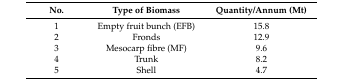
<table><thead><tr><td><b>No.</b></td><td><b>Type of Biomass</b></td><td><b>Quantity/Annum (Mt)</b></td></tr></thead><tbody><tr><td>1</td><td>Empty fruit bunch (EFB)</td><td>15.8</td></tr><tr><td>2</td><td>Fronds</td><td>12.9</td></tr><tr><td>3</td><td>Mesocarp fibre (MF)</td><td>9.6</td></tr><tr><td>4</td><td>Trunk</td><td>8.2</td></tr><tr><td>5</td><td>Shell</td><td>4.7</td></tr></tbody></table>